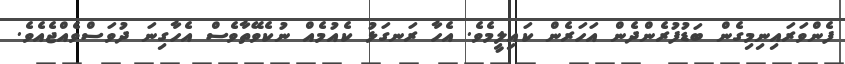
ފެންވަރައިނިމިގެން ބަޑުފުރެންދެން އަހަރެން ކައިލީމެވެ. އެހާ ރަނގަޅު ކެއުމެއް ނުކެވޭތާވެސް އެހާގިނަ ދުވަސްވެއްޖެއެވެ.